Indian journal of veterinary science and animal husbandry - Volumes 24-25, 1954-1955
Year: 1954
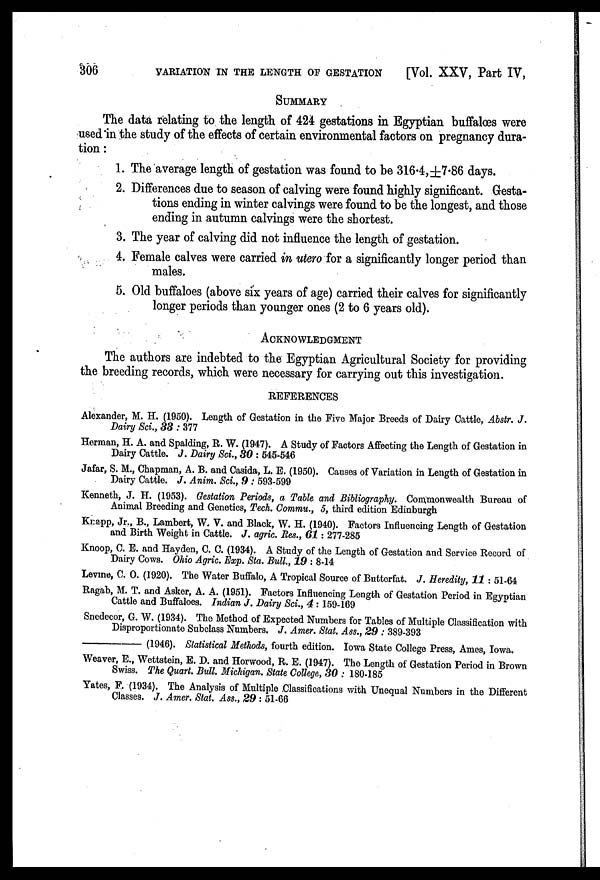
306
VARIATION IN THE LENGTH OP GESTATION
[Vol. XXV, Part IV,
SUMMARY
The data relating to the length of 424 gestations in Egyptian buffaloes were
used in the study of the effects of certain environmental factors on pregnancy dura-
tion:
1. The average length of gestation was found to be 316.4,±7.86 days.
2. Differences due to season of calving were found highly significant. Gesta-
tions ending in winter calvings were found to be the longest, and those
ending in autumn calvings were the shortest.
3. The year of calving did not influence the length of gestation.
4. Female calves were carried in utero for a significantly longer period than
males.
5. Old buffaloes (above six years of age) carried their calves for significantly
longer periods than younger ones (2 to 6 years old).
ACKNOWLEDGMENT
The authors are indebted to the Egyptian Agricultural Society for providing
the breeding records, which were necessary for carrying out this investigation.
REFERENCES
Alexander, M. H. (1950). Length of Gestation in the Five Major Breeds of Dairy Cattle, Abstr. J.
Dairy Sci., 33 : 377
Herman, H. A. and Spalding, R. W. (1947). A Study of Factors Affecting the Length of Gestation in
Dairy Cattle. J. Dairy Sci., 30 : 545-546
Jafar, S. M., Chapman, A. B. and Casida, L. E. (1950). Causes of Variation in Length of Gestation in
Dairy Cattle. J. Anim. Sci., 9 : 593-599
Kenneth, J. H. (1953). Gestation Periods, a Table and Bibliography. Commonwealth Bureau of
Animal Breeding and Genetics, Tech. Commu., 5, third edition Edinburgh
Knapp, Jr., B., Lambert, W. V. and Black, W. H. (1940). Factors Influencing Length of Gestation
and Birth Weight in Cattle. J. agric. Res., 61 : 277-285
Knoop, C. E. and Hayden, C. C. (1934). A Study of the Length of Gestation and Service Record of
Dairy Cows. Ohio Agric. Exp. Sta. Bull., 19 : 8-14
Levine, C. O. (1920). The Water Buffalo, A Tropical Source of Butterfat. J. Heredity, 11 : 51-64
Ragab, M. T. and Asker, A. A. (1951). Factors Influencing Length of Gestation Period in Egyptian
Cattle and Buffaloes. Indian J. Dairy Sci., 4 : 159-169
Snedecor, G. W. (1934). The Method of Expected Numbers for Tables of Multiple Classification with
Disproportionate Subclass Numbers. J. Amer. Stat. Ass., 29 : 389-393
——(1946).
Statistical Methods, fourth edition. Iowa State College Press, Ames, Iowa.
Weaver, E., Wettstein, E. D. and Horwood, R. E. (1947). The Length of Gestation Period in Brown
Swiss. The Quart. Bull. Michigan. State College, 30 : 180-185
Yates, F. (1934). The Analysis of Multiple Classifications with Unequal Numbers in the Different
Classes. J. Amer. Stat. Ass., 29 : 51-66